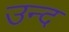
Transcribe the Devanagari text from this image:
उन्द